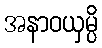
အနာဝယှမ္ပိ